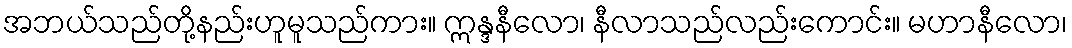
အဘယ်သည်တို့နည်းဟူမူသည်ကား။ ဣန္ဒနီလော၊ နီလာသည်လည်းကောင်း။ မဟာနီလော၊